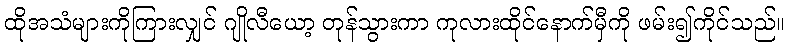
ထိုအသံများကိုကြားလျှင် ဂျိုလီယော့ တုန်သွားကာ ကုလားထိုင်နောက်မှီကို ဖမ်း၍ကိုင်သည်။